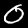
Label: 0